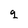
Character: q